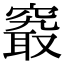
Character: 𥧖